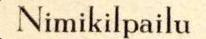
Nimikilpailu